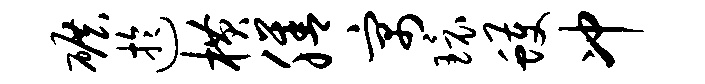
碾迂横膳寓环蠖冲